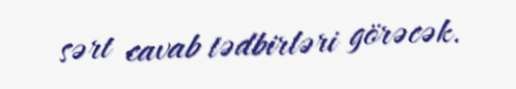
sərt cavab tədbirləri görəcək.